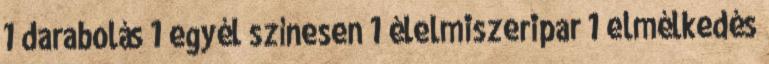
1 darabolás 1 egyél színesen 1 élelmiszeripar 1 elmélkedés